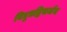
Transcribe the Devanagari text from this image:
विद्युतद्विसर्जन